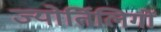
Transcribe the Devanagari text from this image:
ज्योर्तिलिगों